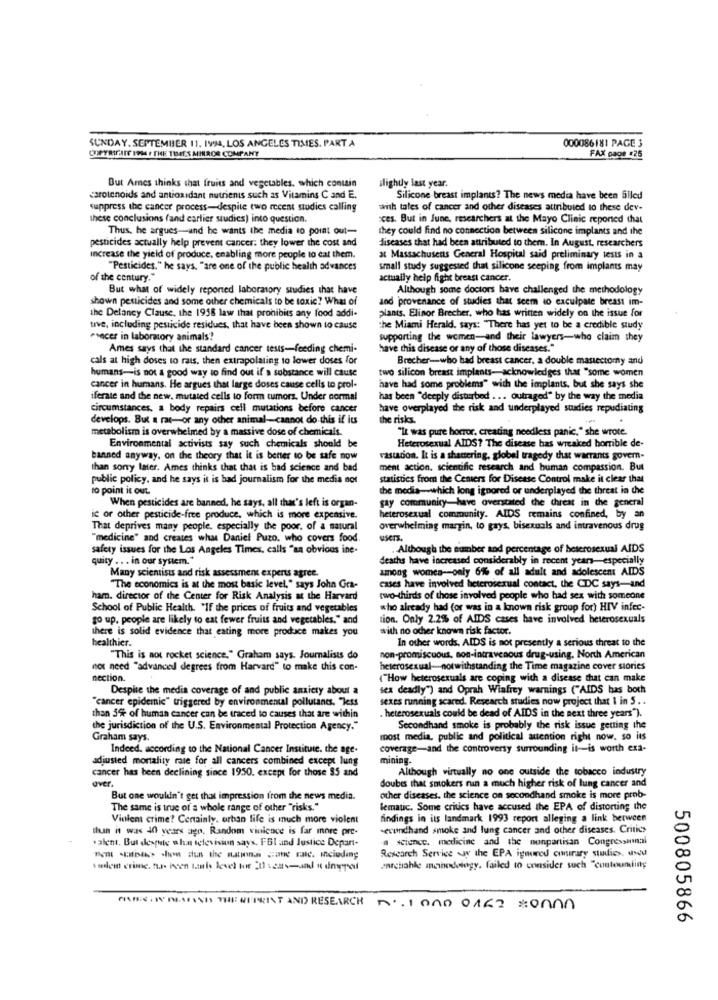
SUNDAY, SEPTEMBER 11. IVA, LOS ANGELES TIMES. PART A
000086181 PAGE 3
QUETALFAIT INMAY THE THETS MIRROR COMPANY
FAX page #25
But Ames thinks that fruits and vegetables, which contain
slightly last year.
carotenoids and antioxidant nutrients such as Vitamins C and E.
Silicone breast implants? The news media have been filled
suppress the cancer process-despite two recent studies calling
with tales of cancer and other diseases attributed to these dev-
these conclusions (and carlier studies) into question.
"ces. But in June, researchers at the Mayo Clinic reported that
Thus, he argues-and he wants the media to point out-
they could find no connection between silicone implants and the
pesticides actually help prevent cancer: they lower the cost and
diseases that had been attributed to them. In August, researchers
Increase the yield of produce, enabling more people to eat them.
at Massachusens General Hospital said preliminary tests in a
"Pesticides," he says, "are one of the public health advances
small study suggested that silicone seeping from implants may
of the century."
actually help fight breast cancer.
But what of widely reported laboratory studies that have
Although some doctors have challenged the methodology
shown pesticides and some other chemicals to be toxic? What of
and provenance of studies that seem to exculpate breast im-
plants. Elinor Brecher, who has written widely on the issue for
the Delancy Clause, the 1958 law that prohibits any food addi-
tive, including pesticide residues, that have been shown to cause
the Miami Herald, says: "There has yet to be a credible study
.vecer in laboratory animals!
supporting the women-and their lawyers-who claim they
Ames says that the standard cancer tests-feeding chemi-
have this disease or any of those diseases."
cals at high doses to rats, then extrapolating to lower doses for
Brecher-who had breast cancer, a double mastectomy and
humans-is not a good way to find out if a substance will cause
two silicon breast implants-acknowledges that "some women
cancer in humans. He argues that large doses cause cells to prol-
have had some problems" with the implants, but she says she
iferate and the new, mutated cells to form tumors. Under normal
has been "deeply disturbed ... outraged" by the way the media
circumstances. a body repairs cell mutations before cancer
have overplayed the risk and underplayed studies repudiating
develops. But a rat-or any other animal-cannot do this if its
the risks.
metabolism is overwhelmed by a massive dose of chemicals.
"It was pure horror, creating needless panic," she wrote.
Environmental activists say such chemicals should be
Heterosexual AIDS? The disease has wreaked homble de-
banned anyway, on the theory that it is better to be safe now
vastadion. It is a shamering, global tragedy that warrants govern-
than sorry later. Ames thinks that that is bad science and bad
ment action, scientific research and human compassion. But
public policy, and he says it is bad journalism for the media not
statistics from the Centers for Disease Control make it clear that
to point it out.
the media-which long ignored or underplayed the threat in the
When pesticides are banned, he says, all that's left is organ-
gay community-have overstated the threat in the general
ic or other pesticide-free produce, which is more expensive.
heterosexual community. AIDS remains confined, by an
That deprives many people, especially the poor, of a natural
overwhelming margin, to gays, bisexuals and intravenous drug
"medicine" and creates what Daniel Puzo. who covers food.
safety issues for the Los Angeles Times, calls "sa obvious ine-
. Although the number and percentage of heterosexual AIDS
quity . . . in our system."
deaths have increased considerably in recent years-especially
among womes-only 6% of all adult and adolescent AIDS
Many scientists and risk assessment experts agree.
cases have involved heterosexual contact, the CDC says-and
"The economics is at the most basic level," says John Gra-
ham. director of the Center for Risk Analysis at the Harvard
two-thirds of those involved people who had sex with someone
School of Public Health. "IF the prices of fruits and vegetables
who already had (or was in a known risk group for) HIV infec-
go up. people are likely to eat fewer fruits and vegetables." and
tion. Only 2.2% of AIDS cases have involved heterosexuals
there is solid evidence that eating more produce makes you
with no ocher known risk factor.
healthier.
In other words, AIDS is not presently a serious threat to the
"This is not rocket science," Graham says. Journalists do
non-promiscuous, son-intravenous drug-using. North American
not need "advanced degrees from Harvard" to make this con-
heterosexual-notwithstanding the Time magazine cover stories
nection.
("How heterosexuals are coping with a disease that can make
Despite the media coverage of and public anxiety about a
sex deadly") and Oprah Winfrey warnings ("AIDS has both
"cancer epidemic" triggered by environmental pollutants. "less
sexes running scared. Research studies now project that I in S . .
than 3% of human cancer can be traced to causes that are within
. heterosexuals could be dead of AIDS in the next three years").
the jurisdiction of the U.S. Environmental Protection Agency."
Secondhand smoke is probably the risk issue getting the
Graham says.
most media, public and political auention right now. so its
Indeed, according to the National Cancer Institute. the age.
coverage-and the controversy surrounding it-is worth exa-
adjusted mortality rate for all cancers combined except lung
mining-
cancer has been declining since 1950. except for those 85 and
Although virtually no one outside the tobacco industry
over.
Soube that smokers nin a much higher risk of lung cancer and
But one wouldn't get that impression from the news media.
other diseases, the science on secondhand smoke is more prob-
The same is true of a whole range of other "risks."
lematic. Some critics have accused the EPA of distorting the
Violent crime? Certainly. erhan life is much more violent
findings in its landmark 1993 report alleging a link between
than it was 40 years ago. Random vinience is far more pre-
secondhand smoke and lung cancer and other diseases. Critic>
.alent. But despute what television says. FBI and Justice Depart-
a science. medicine and the nonpartisan Congressumal
Research Service w the EPA ignored contrary studios, and
Ben spies -h sun the nation cane raic. including
marchahle manodology. failed to consider such "contouning
FISHES . W NAFINDS THE WEPRINT AND RESEARCH
nº.1000 0162 en0
500805866